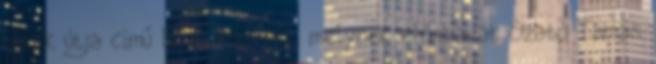
Lélek útja című lelki könyvét, melynek előszavát Szabó Tamás